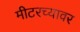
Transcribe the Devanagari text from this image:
मीटरच्यावर